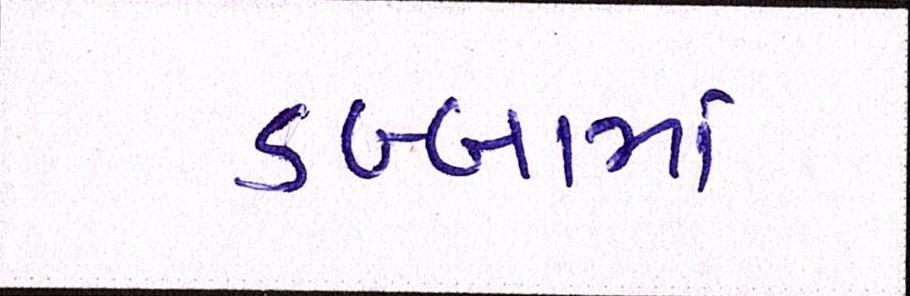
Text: ડબ્બામાં